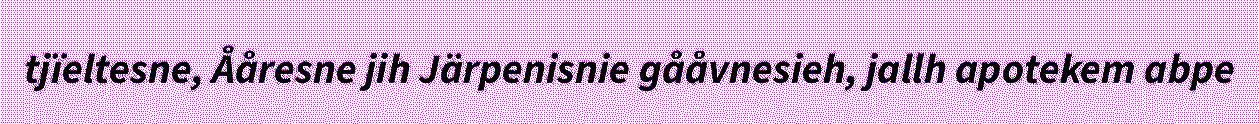
tjïeltesne, Ååresne jih Järpenisnie gååvnesieh, jallh apotekem abpe